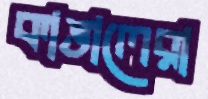
কাঙালেরা